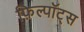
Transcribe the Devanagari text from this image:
फ़िल्पॉट्स